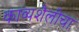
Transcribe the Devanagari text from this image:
काव्यशैलीचा